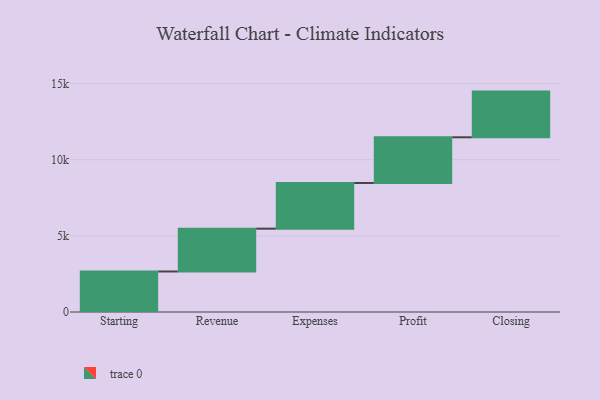
{"axis": {"x": "Step", "y": "Value"}, "legend": [""], "data": [{"x": "Starting", "y": 2660.0, "type": ""}, {"x": "Revenue", "y": 2813.0, "type": ""}, {"x": "Expenses", "y": 3000, "type": ""}, {"x": "Profit", "y": 3000, "type": ""}, {"x": "Closing", "y": 3000, "type": ""}]}